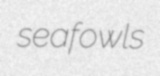
seafowls